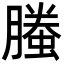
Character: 螣